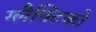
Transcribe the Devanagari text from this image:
ग्‍लैक्टिको